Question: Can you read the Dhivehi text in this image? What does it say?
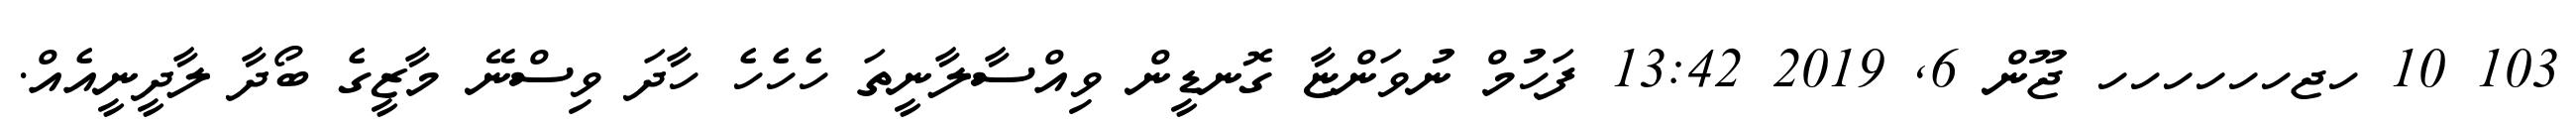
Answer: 103 10 ހޖހހހހހހ ޖޫން 6, 2019 13:42 ފަހުމް ނުވަންޏާ ގޮނޑީން ވިއްސާލާނީތަ ހެހެހެ ހާދަ ވިސްނޭ މާޒީގެ ބޯދާ ލާދީނީއެއް.